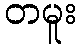
တမူး